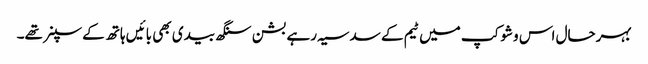
بہرحال اس وشوکپ میں ٹیم کے سدسیہ رہے بشن سنگھ بیدی بھی بائیں ہاتھ کے سپنر تھے۔